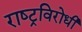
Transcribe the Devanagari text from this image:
राष्‍ट्रविरोधी